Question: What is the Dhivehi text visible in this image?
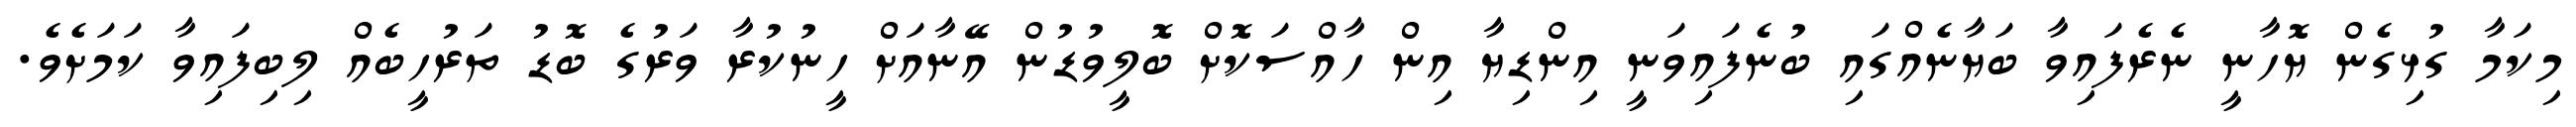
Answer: މިކަމާ ގުޅިގެން ޔޮހާނީ ނެރެފައިވާ ބަޔާނެއްގައި ބުނެފައިވަނީ އިންޑިޔާ އިން ހާއްސަކޮށް ބޮލީވުޑުން އޭނާއަށް ހީނުކުރާ ވަރުގެ ބޮޑު ތަރުހީބެއް ލިބިފައިވާ ކަމަށެވެ.